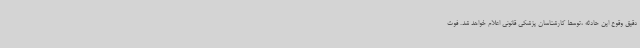
دقیق وقوع این حادثه ،توسط کارشناسان پزشکی قانونی اعلام خواهد شد. فوت